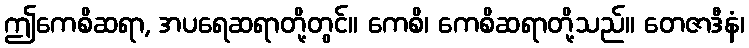
ဤကေစိဆရာ, အပရေဆရာတို့တွင်။ ကေစိ၊ ကေစိဆရာတို့သည်။ တေဇာဒီနံ၊